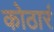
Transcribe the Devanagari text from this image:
कोठारं